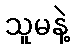
သူမနဲ့